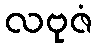
လဗုဇံ